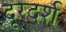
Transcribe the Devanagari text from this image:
दूरदर्श